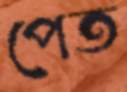
পেত